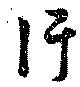
汗